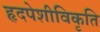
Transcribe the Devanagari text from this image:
हृदपेशीविकृति